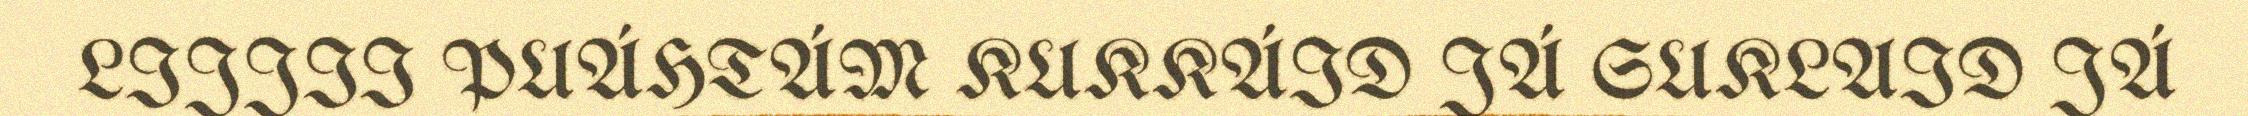
LIJJII PUÁHTÁM KUKKÁID JÁ SUKLAID JÁ